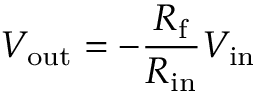
V _ { \mathrm { o u t } } = - { \frac { R _ { \mathrm { f } } } { R _ { \mathrm { i n } } } } V _ { \mathrm { i n } } \!